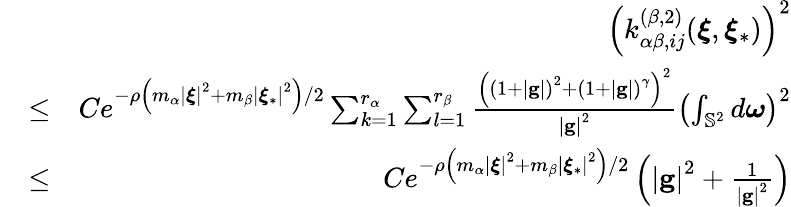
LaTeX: \begin{array}{rlr}&{}&{\left(k_{\alpha\beta,ij}^{\left(\beta,2\right)}(\boldsymbol{\xi},\boldsymbol{\xi}_{\ast})\right)^{2}}\\ &{\leq}&{Ce^{-\rho\left(m_{\alpha}\left\vert\boldsymbol{\xi}\right\vert^{2}+m_{\beta}\left\vert\boldsymbol{\xi}_{\ast}\right\vert^{2}\right)/2}\sum_{k=1}^{r_{\alpha}}\sum_{l=1}^{r_{\beta}}\frac{\left(\left(1+\left\vert\mathbf{g}\right\vert\right)^{2}+\left(1+\left\vert\mathbf{g}\right\vert\right)^{\gamma}\right)^{2}}{\left\vert\mathbf{g}\right\vert^{2}}\left(\int_{\mathbb{S}^{2}}d\boldsymbol{\omega}\right)^{2}}\\ &{\leq}&{Ce^{-\rho\left(m_{\alpha}\left\vert\boldsymbol{\xi}\right\vert^{2}+m_{\beta}\left\vert\boldsymbol{\xi}_{\ast}\right\vert^{2}\right)/2}\left(\left\vert\mathbf{g}\right\vert^{2}+\frac{1}{\left\vert\mathbf{g}\right\vert^{2}}\right)}\end{array}